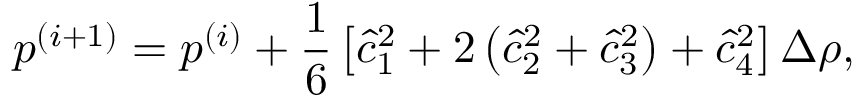
p ^ { ( i + 1 ) } = p ^ { ( i ) } + \frac { 1 } { 6 } \left[ \hat { c } _ { 1 } ^ { 2 } + 2 \left( \hat { c } _ { 2 } ^ { 2 } + \hat { c } _ { 3 } ^ { 2 } \right) + \hat { c } _ { 4 } ^ { 2 } \right] \Delta \rho ,